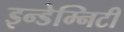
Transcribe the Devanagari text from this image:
इन्डेम्निटी